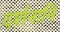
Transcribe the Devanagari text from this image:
दर्शनानि